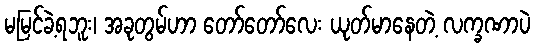
မမြင်ခဲ့ရဘူး၊ အခုတွမ်ဟာ တော်တော်လေး ယုတ်မာနေတဲ့ လက္ခဏာပဲ